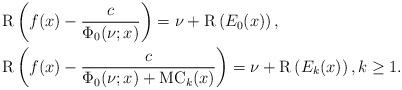
LaTeX: \begin{align*}&\mathrm{R}\left(f(x)-\frac{c}{\Phi_0(\nu;x)}\right)=\nu+\mathrm{R}\left(E_0(x)\right),\\&\mathrm{R}\left(f(x)-\frac{c}{\Phi_0(\nu;x)+\mathrm{MC}_k(x)}\right)=\nu+\mathrm{R}\left(E_k(x)\right),k\ge 1.\end{align*}